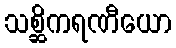
သစ္ဆိကရဏီယော